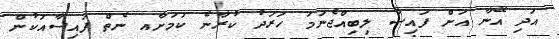
އަދި އޭނާ އަށް ފައިސާ ލިބިއްޖެނަމަ ހަރަދު ކުރާނެ ކަމަށާއ ނެތް ފައިސާއަކުން